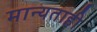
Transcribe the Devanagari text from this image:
मान्यताही